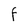
Character: F